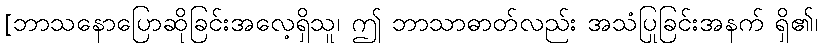
[ဘာသနောပြောဆိုခြင်းအလေ့ရှိသူ၊ ဤ ဘာသာဓာတ်လည်း အသံပြုခြင်းအနက် ရှိ၏၊